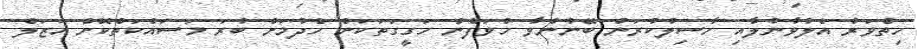
ހިތްވަރު އެލުވާނުލާއި ހާސިލުކުރަން ބޭނުންވާ ހުވަފެން ހަގީގަތަކަށް ހެދުމަށް ބުރަ މަސައްކަތްކޮށް އަޒަލް